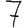
Digit: 7